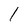
Character: l